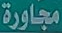
مجاورة